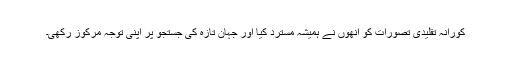
کورانہ تقلیدی تصورات کو انھوں نے ہمیشہ مسترد کیا اور جہان تازہ کی جستجو پر اپنی توجہ مرکوز رکھی۔